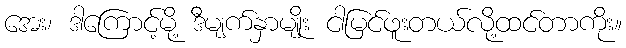
အေး၊ ဒါကြောင့်မို့ ဒီမျက်နှာမျိုး ငါမြင်ဖူးတယ်လို့ထင်တာကိုး။